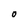
Character: O